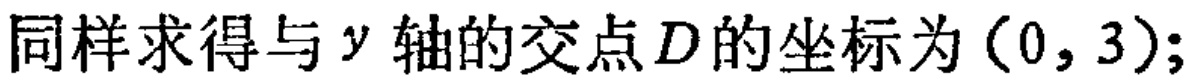
同样求得与\(y\)轴的交点\(D\)的坐标为\((0,3)\);